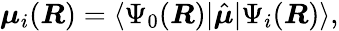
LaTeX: \begin{array}{r}{{\boldsymbol\mu}_{i}({\boldsymbol{R}})=\langle\Psi_{0}({\boldsymbol{R}})|\hat{\boldsymbol\mu}|\Psi_{i}({\boldsymbol{R}})\rangle,}\end{array}